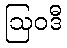
ဩဝဒီ